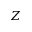
Z